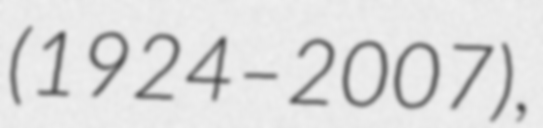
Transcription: (1924–2007),